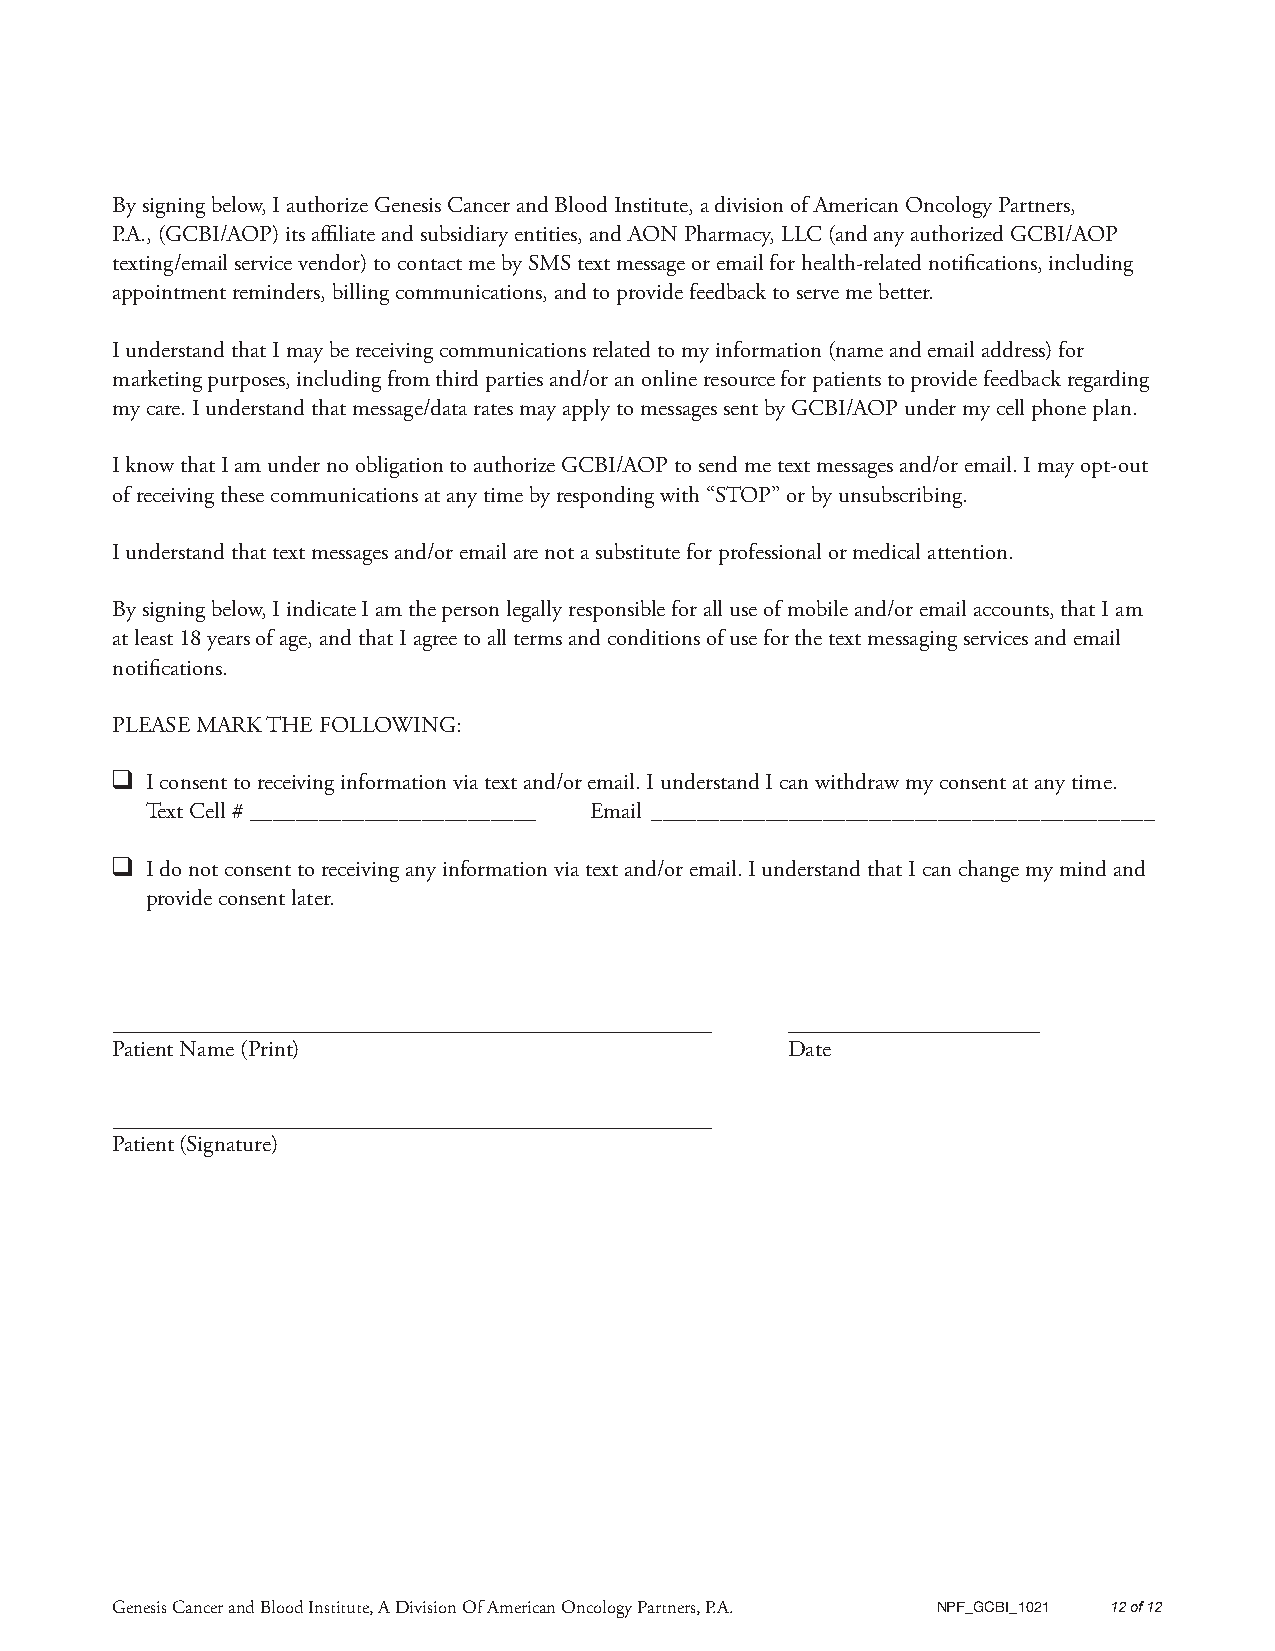
By signing below, I authorize Genesis Cancer and Blood Institute, a division of American Oncology Partners,
 P.A., (GCBI/AOP) its affiliate and subsidiary entities, and AON Pharmacy, LLC (and any authorized GCBI/AOP
 texting/email service vendor) to contact me by SMS text message or email for health-related notifications, including
 appointment reminders, billing communications, and to provide feedback to serve me better.
 I understand that I may be receiving communications related to my information (name and email address) for
 marketing purposes, including from third parties and/or an online resource for patients to provide feedback regarding
 my care. I understand that message/data rates may apply to messages sent by GCBI/AOP under my cell phone plan.
 I know that I am under no obligation to authorize GCBI/AOP to send me text messages and/or email. I may opt-out
 of receiving these communications at any time by responding with “STOP” or by unsubscribing.
 I understand that text messages and/or email are not a substitute for professional or medical attention.
 By signing below, I indicate I am the person legally responsible for all use of mobile and/or email accounts, that I am
 at least 18 years of age, and that I agree to all terms and conditions of use for the text messaging services and email
 notifications.
 PLEASE MARK THE FOLLOWING:
 ❑
 I consent to receiving information via text and/or email. I understand I can withdraw my consent at any time.
 Text Cell # _________________________ Email ____________________________________________
 ❑
 I do not consent to receiving any information via text and/or email. I understand that I can change my mind and
 provide consent later.
 Patient Name (Print)                         Date
 Patient (Signature)
 Genesis Cancer and Blood Institute, A Division Of American Oncology Partners, P.A. NPF_GCBI_1021 12 of 12